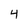
Character: 4